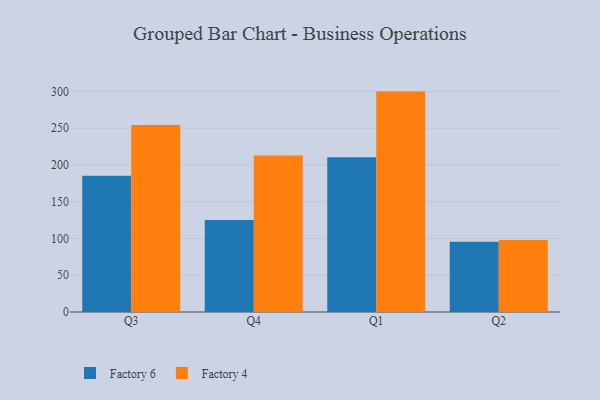
{"axis": {"x": "Quarter", "y": "Tickets Resolved"}, "legend": ["Factory 4", "Factory 6"], "data": [{"x": "Q3", "y": 185.3, "type": "Factory 6"}, {"x": "Q3", "y": 254.4, "type": "Factory 4"}, {"x": "Q4", "y": 125.0, "type": "Factory 6"}, {"x": "Q4", "y": 212.9, "type": "Factory 4"}, {"x": "Q1", "y": 210.4, "type": "Factory 6"}, {"x": "Q1", "y": 299.8, "type": "Factory 4"}, {"x": "Q2", "y": 95.4, "type": "Factory 6"}, {"x": "Q2", "y": 97.8, "type": "Factory 4"}]}